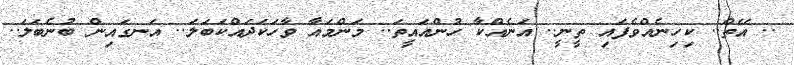
.. އޭތް.. ކިހިނެއްވެފައި ތީނީ.. އަނެއްކާ ހުންއައީތަ.. މަންމައާ ވާހަކަދައްކަބަލަ.. އަނގައިން ބުނެބަލަ..